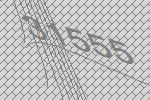
31555